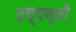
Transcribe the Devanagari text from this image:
दम्यन्ती